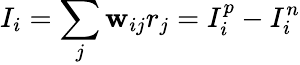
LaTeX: I_{i}=\sum_{j}\mathbf{w}_{ij}r_{j}=I_{i}^{p}-I_{i}^{n}